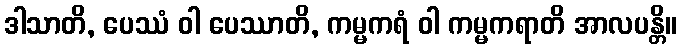
ဒါသာတိ, ပေဿံ ဝါ ပေဿာတိ, ကမ္မကရံ ဝါ ကမ္မကရာတိ အာလပန္တိ။